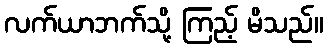
လက်ယာဘက်သို့ ကြည့် မိသည်။